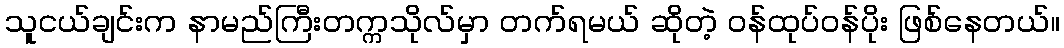
သူငယ်ချင်းက နာမည်ကြီးတက္ကသိုလ်မှာ တက်ရမယ် ဆိုတဲ့ ဝန်ထုပ်ဝန်ပိုး ဖြစ်နေတယ်။